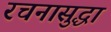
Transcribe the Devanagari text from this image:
रचनासुद्धा